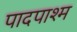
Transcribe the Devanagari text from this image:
पादपाश्म